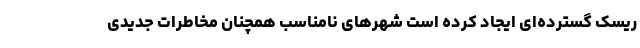
ریسک گسترده‌ای ایجاد کرده است شهرهای نامناسب همچنان مخاطرات جدیدی